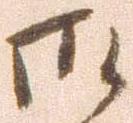
御